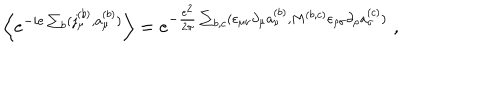
LaTeX: \Big \langle e ^ { - i e \sum _ { b } ( j _ { \mu } ^ { ( b ) } , a _ { \mu } ^ { ( b ) } ) } \Big \rangle = e ^ { - \frac { e ^ { 2 } } { 2 \pi } \sum _ { b , c } ( \varepsilon _ { \mu \nu } \partial _ { \mu } a _ { \nu } ^ { ( b ) } , M ^ { ( b , c ) } \varepsilon _ { \rho \sigma } \partial _ { \rho } a _ { \sigma } ^ { ( c ) } ) } \; ,